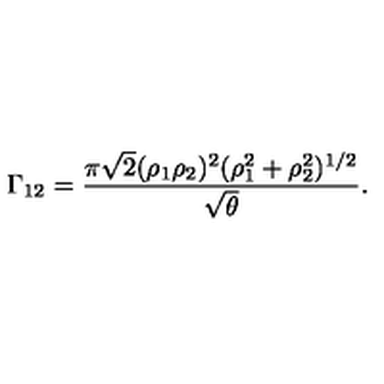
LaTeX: \Gamma _ { 1 2 } = { \frac { \pi \sqrt { 2 } ( \rho _ { 1 } \rho _ { 2 } ) ^ { 2 } ( \rho _ { 1 } ^ { 2 } + \rho _ { 2 } ^ { 2 } ) ^ { 1 / 2 } } { \sqrt { \theta } } } .